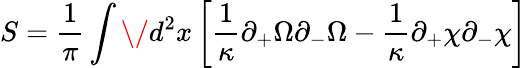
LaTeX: S=\frac{1}{\pi}\int\/ d^{2}x\left[\frac{1}{\kappa}\partial_{+}\Omega\partial_{-}\Omega-\frac{1}{\kappa}\partial_{+}\chi\partial_{-}\chi\right]